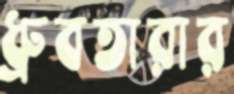
ধ্রুবতারার